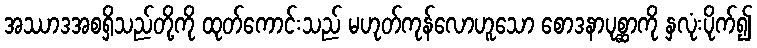
အဿာဒအစရှိသည်တို့ကို ထုတ်ကောင်းသည် မဟုတ်ကုန်လောဟူသော စောဒနာပုစ္ဆာကို နှလုံးပိုက်၍